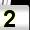
Digit: 2